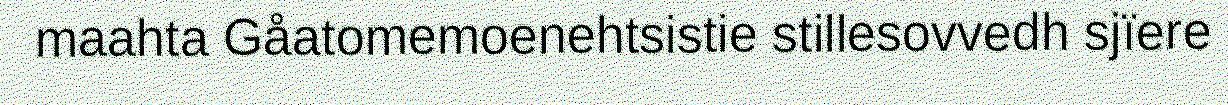
maahta Gåatomemoenehtsistie stillesovvedh sjïere